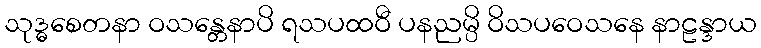
သုဒ္ဓစေတနာ ဝသန္တေနာပိ ရသပထဝီ ပနညမ္ပိ ဝိသပဝေသနေ နာဠန္ဒာယ